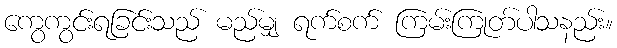
ကွေကွင်းရခြင်းသည် မည်မျှ ရက်စက် ကြမ်းကြုတ်ပါသနည်း။